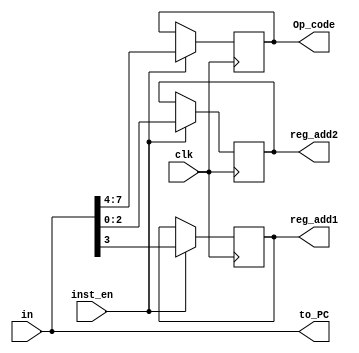
`timescale 1ns / 1ps
//////////////////////////////////////////////////////////////////////////////////
// Company: 
// Engineer: 
// 
// Design Name: 
// Module Name:    IR 
// Project Name: 
// Target Devices: 
// Tool versions: 
// Description: 
//
// Dependencies: 
//
// Revision: 
// Revision 0.01 - File Created
// Additional Comments: 
//
//////////////////////////////////////////////////////////////////////////////////
module IR( clk, in, inst_en, Op_code, reg_add1, reg_add2, to_PC
    );
input clk;
input [7:0] in;
input inst_en;
output [7:0] to_PC;
output reg [3:0] Op_code;
output reg reg_add1;
output reg [2:0] reg_add2;
reg [7:0] data;

always @ (in)
 data <= in;

always @ (negedge clk)
	if (inst_en)
		{Op_code,reg_add1,reg_add2} <= data;

assign to_PC = data;  

endmodule